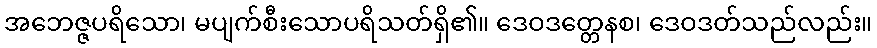
အဘေဇ္ဇပရိသော၊ မပျက်စီးသောပရိသတ်ရှိ၏။ ဒေဝဒတ္တေနစ၊ ဒေဝဒတ်သည်လည်း။